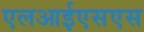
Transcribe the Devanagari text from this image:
एलआईएसएस